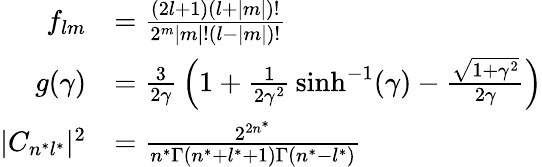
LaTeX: {\begin{array}{rl}{f_{lm}}&{={\frac{(2l+1)(l+|m|)!}{2^{m}|m|!(l-|m|)!}}}\\ {g(\gamma)}&{={\frac{3}{2\gamma}}\left(1+{\frac{1}{2\gamma^{2}}}\sinh^{-1}(\gamma)-{\frac{\sqrt{1+\gamma^{2}}}{2\gamma}}\right)}\\ {|C_{n^{*}l^{*}}|^{2}}&{={\frac{2^{2n^{*}}}{n^{*}\Gamma(n^{*}+l^{*}+1)\Gamma(n^{*}-l^{*})}}}\end{array}}